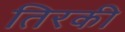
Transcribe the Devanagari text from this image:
तिरकी